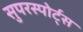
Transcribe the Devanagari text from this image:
सुपरस्पोर्ट्स